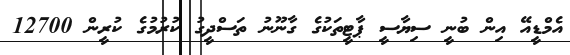
އެމްޑީއޭ އިން ބުނީ ސިޔާސީ ޕާޓީތަކުގެ ގާނޫނު ތަސްދީގު ކުރުމުގެ ކުރީން 12700